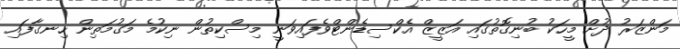
މަންޒަރު ދުށް މީހަކު ބުނިގޮތުގައި އަޒީޒް އެކްސިޑެންޓްވެފައިވަނީ މިސްކިތުން ނިކުމެ މަގުމަތިން ހިނގާފައި